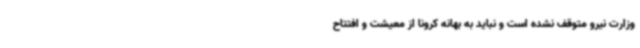
وزارت نیرو متوقف نشده است و نباید به بهانه کرونا از معیشت و افتتاح